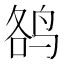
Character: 𱉮